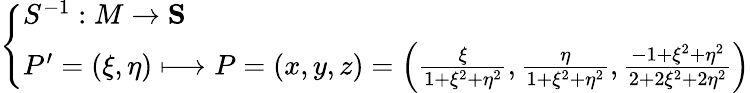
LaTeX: {\left\{ \begin{array}{ll}{S^{-1}:M\to\mathbf{S}}\\ {P^{\prime}=(\xi,\eta)\longmapsto P=(x,y,z)=\left({\frac{\xi}{1+\xi^{2}+\eta^{2}}},{\frac{\eta}{1+\xi^{2}+\eta^{2}}},{\frac{-1+\xi^{2}+\eta^{2}}{2+2\xi^{2}+2\eta^{2}}}\right)}\end{array}\right.}